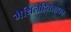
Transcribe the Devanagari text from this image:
मैथिलहितसाधन